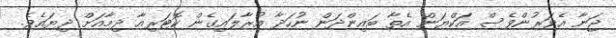
ޖަނާ އެވަރުންވެސް އަކްޔަން އެތާ ބައިންދަން ނުހަދާ އުރާލައިގެން ކޮޓަރިއާ ދިމާއަށް ދިޔައެވެ.